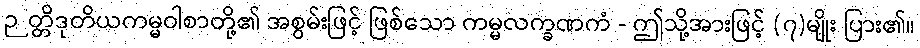
ဉတ္တိဒုတိယကမ္မဝါစာတို့၏ အစွမ်းဖြင့် ဖြစ်သော ကမ္မလက္ခဏကံ - ဤသို့အားဖြင့် (၇)မျိုး ပြား၏။